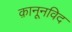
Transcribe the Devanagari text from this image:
क़ानूनविद